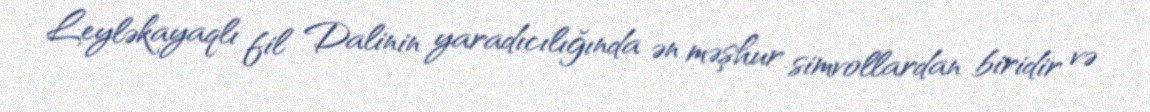
Leyləkayaqlı fil Dalinin yaradıcılığında ən məşhur simvollardan biridir və